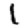
Digit: 1